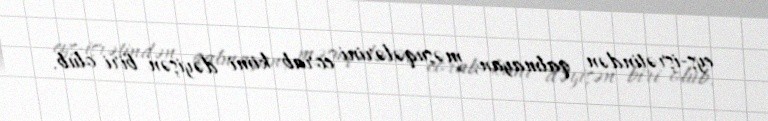
eyş-işrətindən qalmayan, məşuqələrini corab kimi dəyişən biri olub.